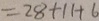
= 2 8 + 1 1 + 6